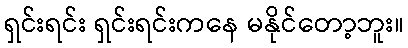
ရှင်းရင်း ရှင်းရင်းကနေ မနိုင်တော့ဘူး။